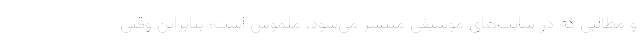
و مطالبی که در سایت‌های موسیقی منتشر می‌شود، ملموس است؛ بنابراین وقتی